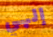
إلهي